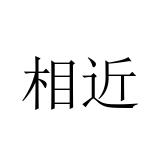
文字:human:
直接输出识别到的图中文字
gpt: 相近